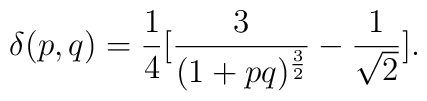
\delta(p,q)={1\over 4}[{3\over (1+pq)^{3\over 2}}-{1\over\sqrt 2}].